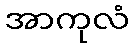
အာကုလံ